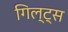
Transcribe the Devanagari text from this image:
गिल्ट्स